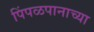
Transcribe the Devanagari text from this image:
पिंपळपानाच्या